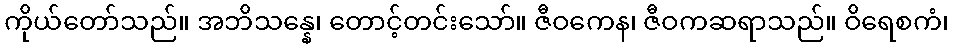
ကိုယ်တော်သည်။ အဘိသန္နေ၊ တောင့်တင်းသော်။ ဇီဝကေန၊ ဇီဝကဆရာသည်။ ဝိရေစကံ၊